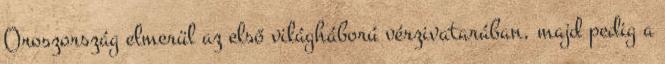
Oroszország elmerül az első világháború vérzivatarában, majd pedig a